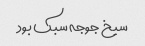
سیخ جوجه سبک بود